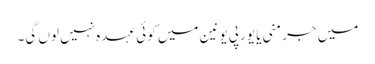
میں جرمنی یا یورپی یونین میں کوئی عہدہ نہیں لوں گی۔